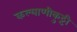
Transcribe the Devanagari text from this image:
कल्याणीकुट्टी